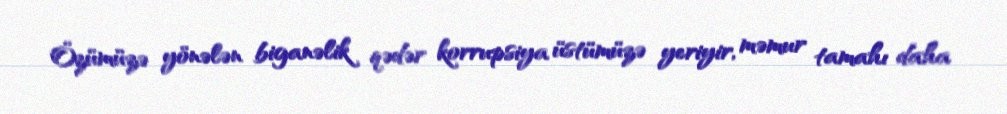
Özümüzə yönələn biganəlik qədər korrupsiya üstümüzə yeriyir, məmur tamahı daha